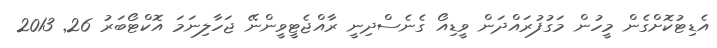
އެޑިޓުކޮށްގެން މީހުން މަގުފުރައްދަން ވީޑިއޯ ގެނެސްދިނީ ރާއްޖެޓީވީންނޭ ޖަހާލިނަމަ އޮކްޓޯބަރު 26